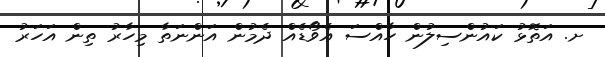
ށ. އަތޮޅު ކައުންސިލުން ހާއްސަ އެވޯޑެއް ދެމުން އަންނަތާ މިހާރު ތިން އަހަރު